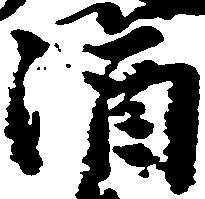
涌